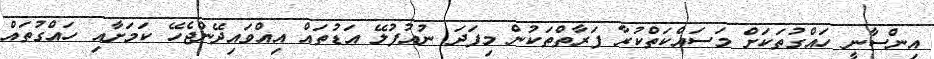
އިންސާނީ ހައްގުތަކަށް މަސައްކަތްކުރާ ފަރާތްތަކުން މިފަދަ ނުއުފުލޭ އަޑުތައް އިއްވައިދޭންޖެހޭ ކަމަށާއި ހައްގުތައް